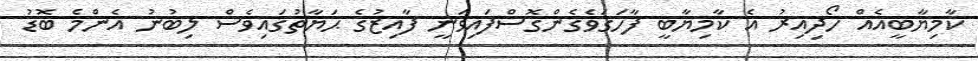
ކާމިޔާބީއެއް ހޯދިއިރު އެ ކާމިޔާބީ ފާހަގަވެގެންގޮސްފައިވަނީ ފާއިޒުގެ ޙަޔާތުގައިވެސް ލިބުނު އެންމެ ބޮޑު